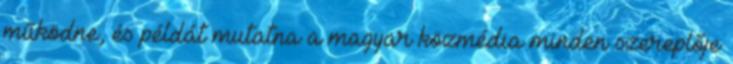
működne, és példát mutatna a magyar közmédia minden szereplője